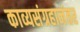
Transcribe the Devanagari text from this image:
काव्यसंग्रहानंतर